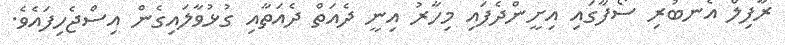
ރާފިލް އެނބުރި ސޯފާގައި އިށީންދެފައި މިހާރު އިނީ ދެއަތް ދެއަތާއި ގުޅުވާލައިގެން އިސްޖެހިފައެވެ.